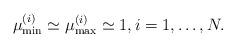
LaTeX: \begin{align*} \mu_\mathrm{min}^{(i)} \simeq \mu_\mathrm{max}^{(i)} \simeq 1,i=1,\ldots, N.\end{align*}